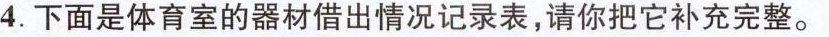
4.下面是体育室的器材借出情况记录表，请你把它补充完整。